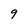
Character: 9